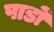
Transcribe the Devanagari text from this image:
पाडों